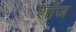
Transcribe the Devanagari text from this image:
शाँज